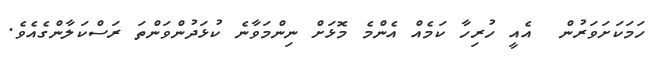
ހަމަކަށަވަރުން  އެއީ ހުރިހާ ކަމެއް އެންމެ މޮޅަށް ނިންމަވާނެ ކުޅަދުންވަންތަ ރަސްކަލާންގެއެވެ.